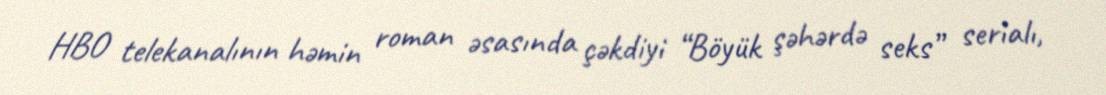
HBO telekanalının həmin roman əsasında çəkdiyi “Böyük şəhərdə seks” serialı,